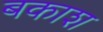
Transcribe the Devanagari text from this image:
बकाश